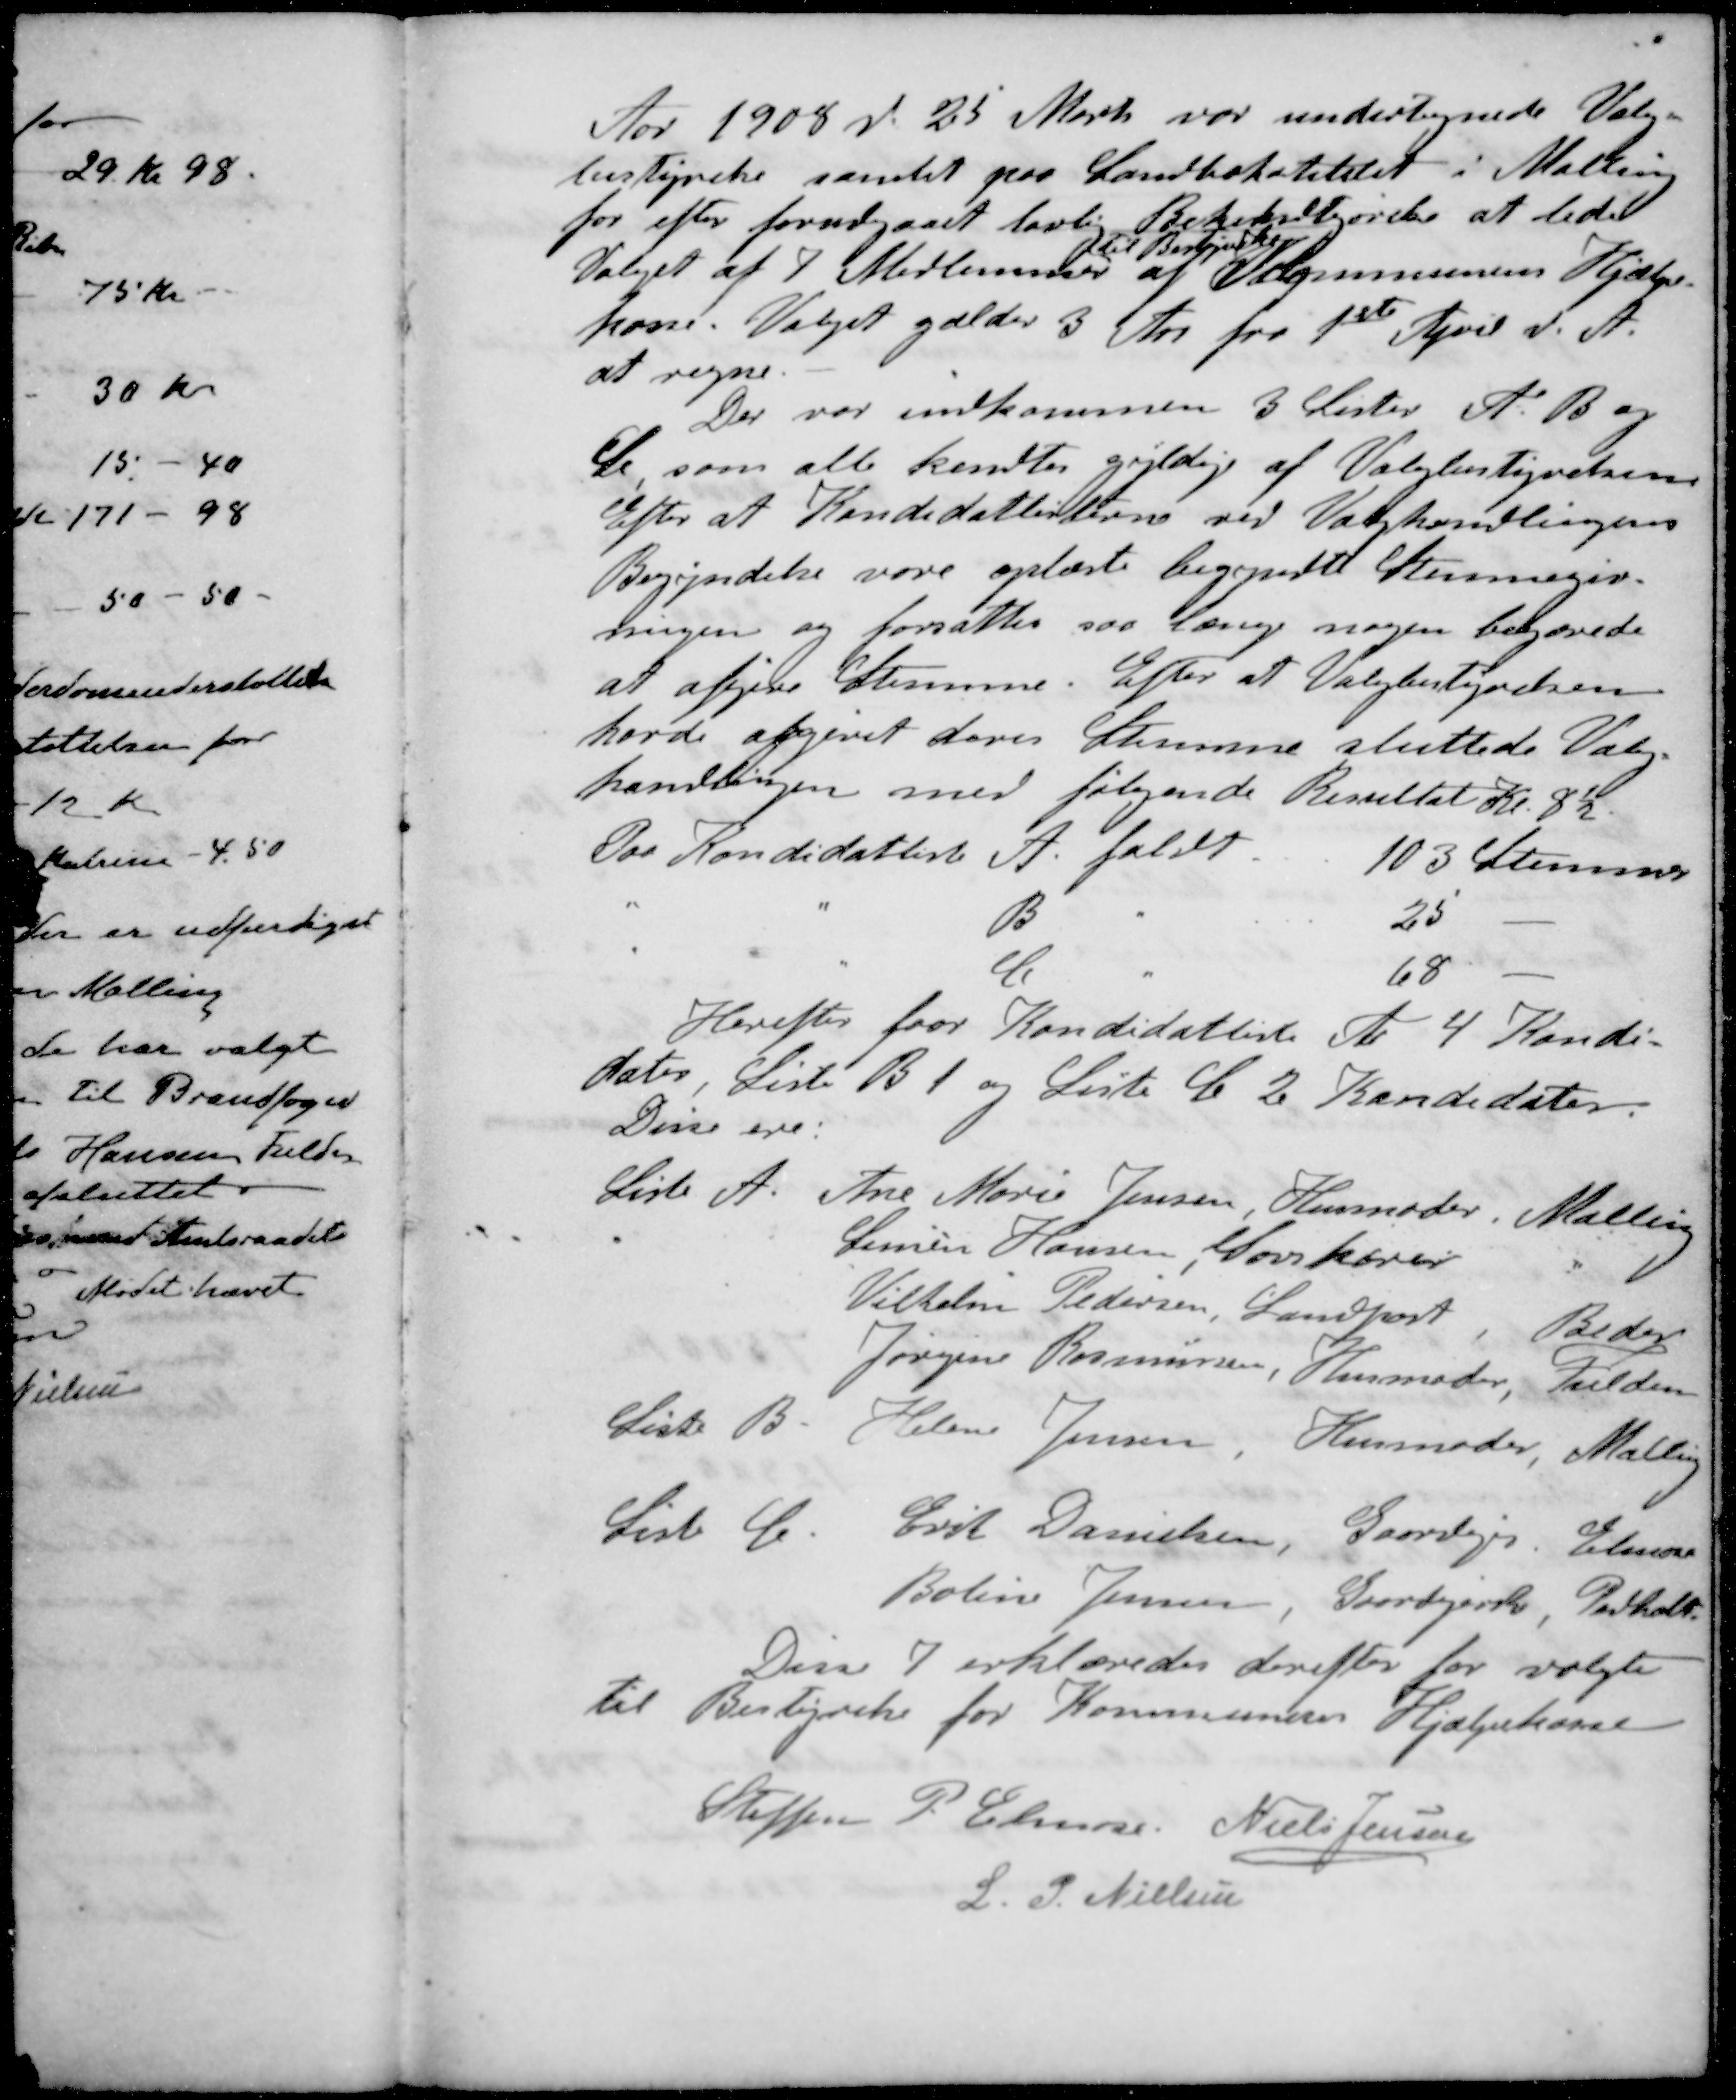
Transskription:
Aar 1908 d. 25 Marts var undertegnede Valg-
bestyrelse samlet paa Landbohotellet i Malling
for efter forudgaaet lovlig Bekendtgørelse at lede
til Bestyrelse
Valget af 7 Medlemmer af Kommunens Hjælpe-
kasse. Valget gælder 3 Aar fra 1ste April d. A.
at regne.
Der var indkommen 3 lister A. B og
C som alle kendtes gyldige af Valgbestyrelsen
Efter at Kandidatlisterne ved Valghandlingens
Begyndelse vare oplæste begyndte Stemmegiv-
ningen og forsattes saa længe nogen begjærede
at afgive Stemme. Efter at Valgbestyrelsen
havde afgivet deres Stemme sluttede Valg-
handlingen med følgende Resultat Kl. 8½
Paa Kandidatliste A. faldt.
103 Stemmer
" " B "
25 -
" " C "
68 -
Herefter faar Kandidatliste A 4 Kandi-
dater, Liste B 1 og Lister C. 2 Kandidater.
Disse ere:
Liste A. Ane Marie Jensen Husmoder Malling
Simon Hansen, Savskærer "
Vilhelm Pedersen, Landpost, Beder
Jørgine Rasmussen, Husmoder, Fulden
Liste B. Helene Jensen, Husmoder, Malling
List C. Erik Danielsen, Gaardejer. Elmose
Boline Jensen, Gaardejerske Pedholt
Disse 7 erklæredes derefter for valgte
til Bestyrelse for Kommunens Hjælpekasse
Steffen P. Elmose
Niels Jensen
L. P. Nielsen